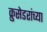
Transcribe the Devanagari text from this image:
क्रुसेडरांच्या